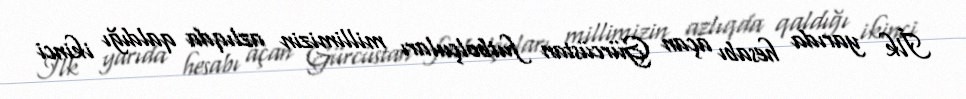
İlk yarıda hesabı açan Gürcüstan futbolçuları millimizin azlıqda qaldığı ikinci